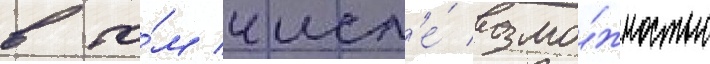
в то́м числ'е́ возмо́жностью